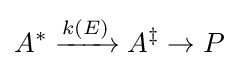
A^{*}\xrightarrow {k(E)} A^{\ddagger }\rightarrow P